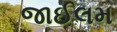
જાઈલમ